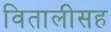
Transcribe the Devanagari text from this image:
वितालीसह